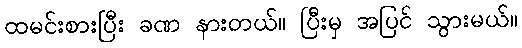
ထမင်းစားပြီး ခဏ နားတယ်။ ပြီးမှ အပြင် သွားမယ်။